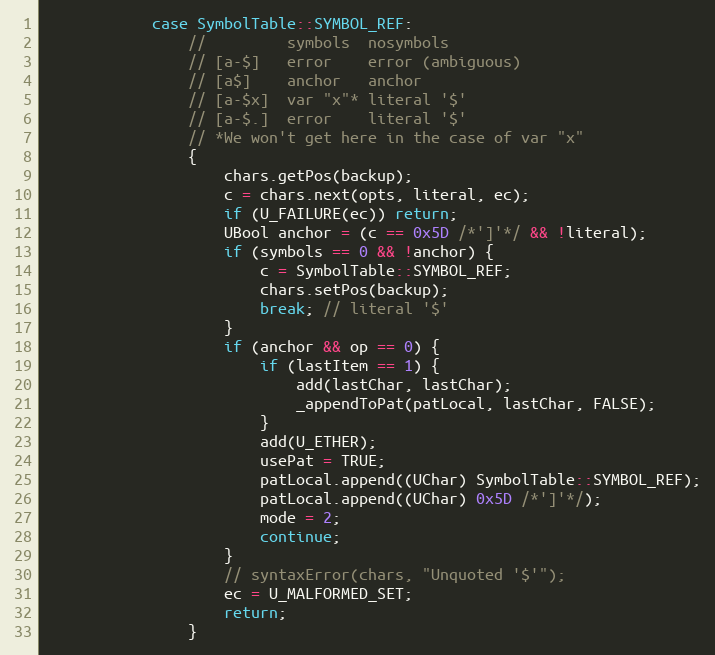
Language: C++
            case SymbolTable::SYMBOL_REF:
                //         symbols  nosymbols
                // [a-$]   error    error (ambiguous)
                // [a$]    anchor   anchor
                // [a-$x]  var "x"* literal '$'
                // [a-$.]  error    literal '$'
                // *We won't get here in the case of var "x"
                {
                    chars.getPos(backup);
                    c = chars.next(opts, literal, ec);
                    if (U_FAILURE(ec)) return;
                    UBool anchor = (c == 0x5D /*']'*/ && !literal);
                    if (symbols == 0 && !anchor) {
                        c = SymbolTable::SYMBOL_REF;
                        chars.setPos(backup);
                        break; // literal '$'
                    }
                    if (anchor && op == 0) {
                        if (lastItem == 1) {
                            add(lastChar, lastChar);
                            _appendToPat(patLocal, lastChar, FALSE);
                        }
                        add(U_ETHER);
                        usePat = TRUE;
                        patLocal.append((UChar) SymbolTable::SYMBOL_REF);
                        patLocal.append((UChar) 0x5D /*']'*/);
                        mode = 2;
                        continue;
                    }
                    // syntaxError(chars, "Unquoted '$'");
                    ec = U_MALFORMED_SET;
                    return;
                }